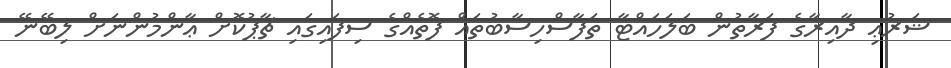
ޝަރުޢި ދާއިރާގެ ފަރާތުން ބަލަހައްޓާ ތަފާސްހިސާބުތައް ފޮތެއްގެ ސިފައިގައި ޗާޕުކޮށް ޢާންމުންނަށް ލިބޭނޭ